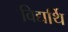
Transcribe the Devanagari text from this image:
विद्यर्थि